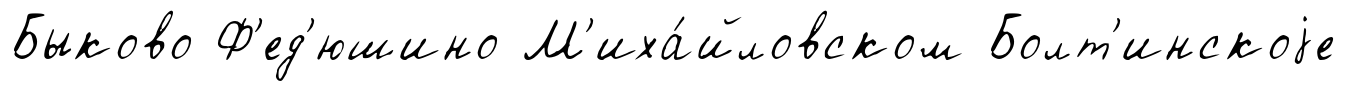
Быково Ф'ед'юшино М'иха́йловском Болт'инскоjе